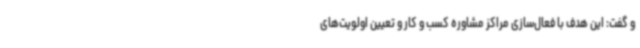
و گفت: این هدف با فعال‌سازی مراکز مشاوره کسب و کار و تعیین اولویت‌های